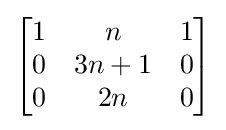
{\begin{bmatrix}1&n&1\\0&3n+1&0\\0&2n&0\end{bmatrix}}